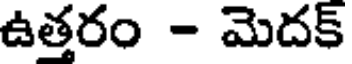
ఉత్తరం - మెదక్